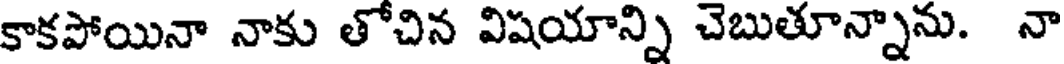
కాకపోయినా నాకు తోచిన విషయాన్ని చెబుతూన్నాను. నా